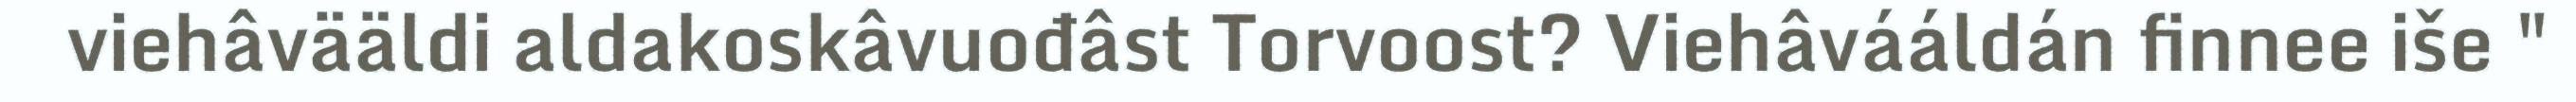
viehâvääldi aldakoskâvuođâst Torvoost? Viehâvááldán finnee iše "